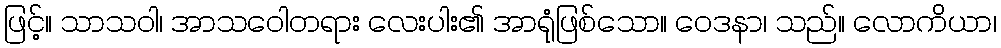
ဖြင့်။ သာသဝါ၊ အာသဝေါတရား လေးပါး၏ အာရုံဖြစ်သော။ ဝေဒနာ၊ သည်။ လောကိယာ၊